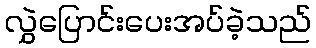
လွှဲပြောင်းပေးအပ်ခဲ့သည်